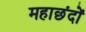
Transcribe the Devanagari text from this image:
महाछंदों